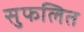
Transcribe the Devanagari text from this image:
सुफलित